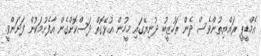
އެމްޑީޕީ ރައްޔިތުންވެސް ދެން ތަހުޒީބު ދުނިޔޭގައި މީހުން އުޅޭގޮތް ދަސްކޮށްގެން އާފެށުމަކުން ފަށަންވީ.